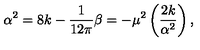
\alpha ^ { 2 } = 8 k - \frac { 1 } { 1 2 \pi } \beta = - \mu ^ { 2 } \left( \frac { 2 k } { \alpha ^ { 2 } } \right) ,